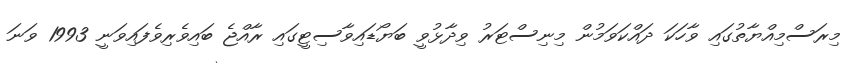
މިރަސްމިއްޔާތުގައި ވާހަކަ ދައްކަވަމުން މިނިސްޓަރު ވިދާޅުވީ ބަޔޯޑައިވާސިޓީގައި ރާއްޖެ ބައިވެރިވެފައިވަނީ 1993 ވަނަ